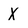
Character: X